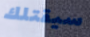
سيقتلك